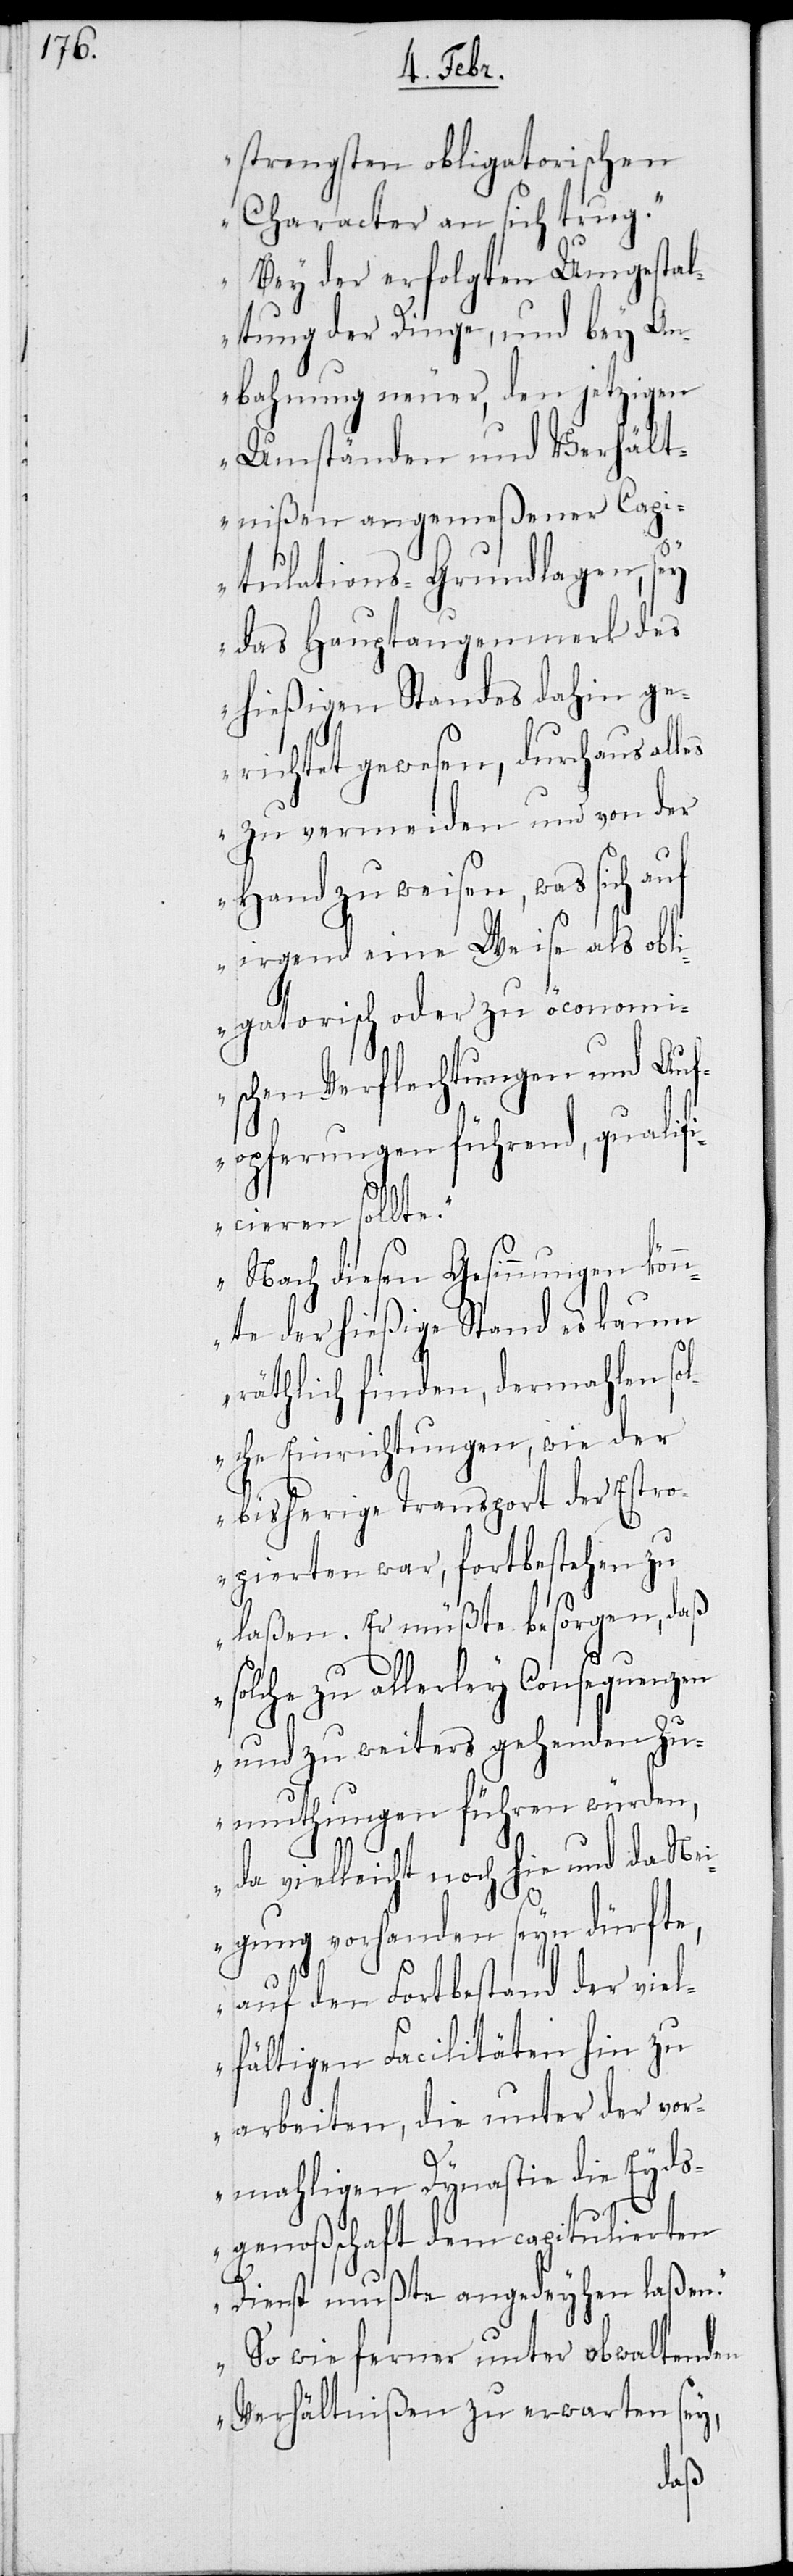
strengsten obligatorischen
Character an sich trug.
Bey der erfolgten Umgestal¬
tung der Dinge, und bey An¬
bahnung neuer, den jetzigen
Umständen und Verhält¬
nißen angemeßener Capi¬
tulations-Grundlagen, sey
das Hauptaugenmerk des
hießigen Standes dahin ge¬
richtet gewesen, durchaus all¬
es zu vermeiden, und von der
Hand zu weisen, was sich
irgend eine Weise als obli¬
gatorisch oder zu öconom¬
ischen Verflechtungen und Auf¬
opferungen führend, qualif¬
icieren sollte.
Nach diesen Gesinnungen kön¬
nte der hießige Stand es kaum
räthlich finden, dermahlen sol¬
che Einrichtungen, wie der
bisherige Transport der Estro¬
pierten war, fortbestehen zu
laßen. Er müßte besorgen, daß
solche zu allerley Consequenzen
und zu weiters gehenden Zu¬
muthungen führen würden,
vielleicht noch hie und da Nei¬
gung vorhanden seyn dürfte,
auf den Fortbestand der viel¬
fältigen Facilitäten hin zu
arbeiten, die unter der vor¬
mahligen Dynastie die Eyds¬
genoßschaft dem capitulierten
Dienst mußte angedeyhen laßen.
So wie ferner unter obwaltenden
Verhältnißen zu erwarten sey,